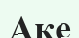
Аке